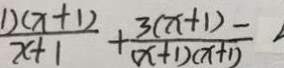
\frac { 1 ) ( x + 1 ) } { x + 1 } + \frac { 3 ( x + 1 ) } { ( x + 1 ) ( x + 1 ) } =